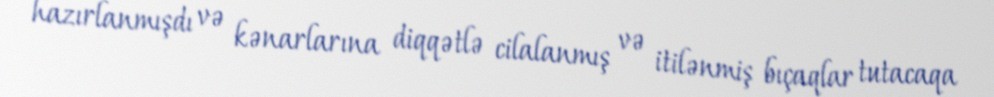
hazırlanmışdı və kənarlarına diqqətlə cilalanmış və itilənmiş bıçaqlar tutacaqa